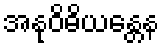
အနုဝိဓိယန္တေန